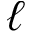
\ell